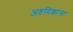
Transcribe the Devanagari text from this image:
अष्टदिशांना